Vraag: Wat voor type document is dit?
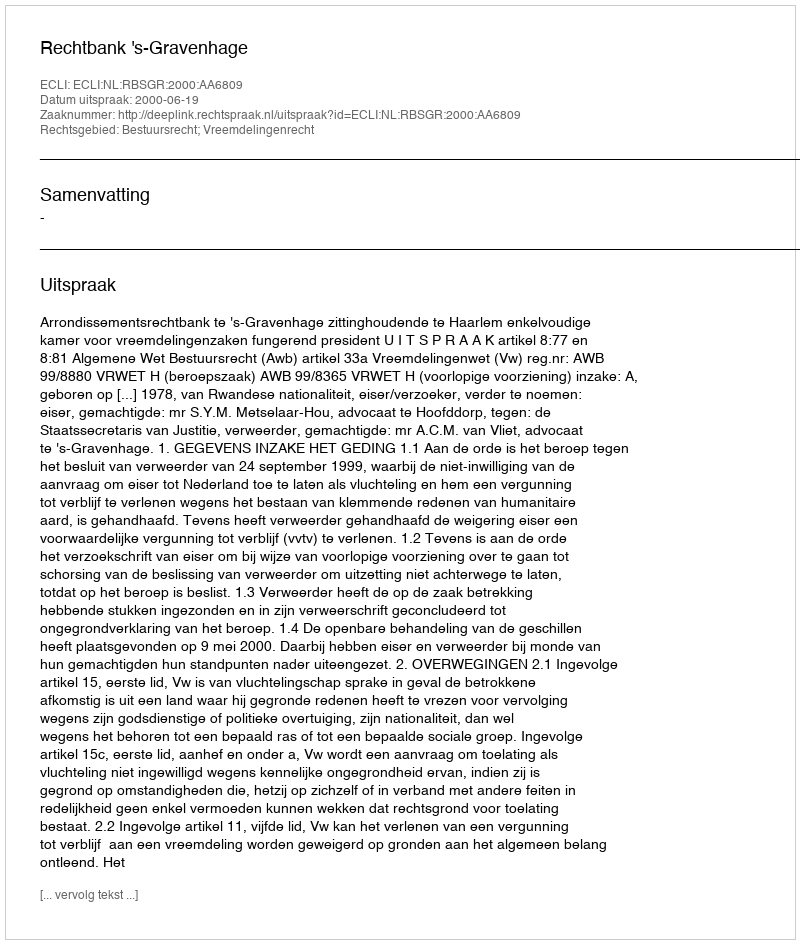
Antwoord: Uitspraak